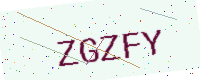
Text: ZGZFY